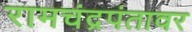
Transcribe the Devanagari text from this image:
रामचंद्रपंतावर